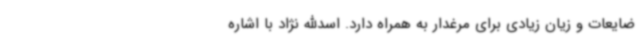
ضایعات و زیان زیادی برای مرغدار به همراه دارد. اسدالله نژاد با اشاره